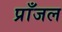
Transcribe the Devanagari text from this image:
प्राँजल